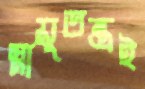
স্নায়ুতন্ত্রই